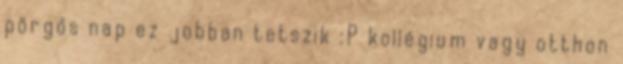
pörgős nap ez jobban tetszik :P kollégium vagy otthon